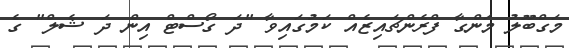
މަގްބޫލު މަންގާ ފްރެންޗައިޒެއް ކަމުގައިވާ "ދަ ގޯސްޓް އިން ދަ ޝެލް" ގެ